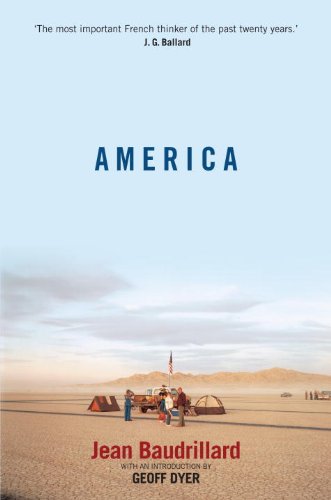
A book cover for America; Jean Baudrillard; Politics & Social Sciences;